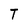
Character: T